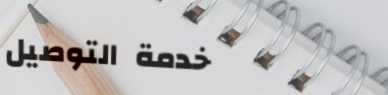
خدمة التوصيل